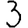
Digit: 3